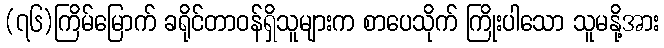
(၇၆)ကြိမ်မြောက် ခရိုင်တာဝန်ရှိသူများက စာပေသိုက် ကြိုးပါသော သူမနို့အား